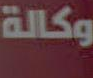
وكالة